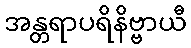
အန္တရာပရိနိဗ္ဗာယီ